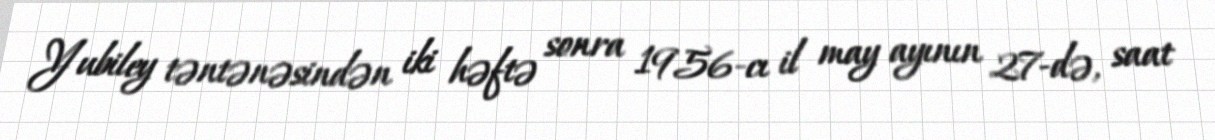
Yubiley təntənəsindən iki həftə sonra 1956-cı il may ayının 27-də, saat